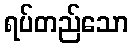
ရပ်တည်သော